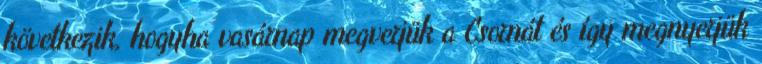
következik, hogyha vasárnap megverjük a Csornát és így megnyerjük